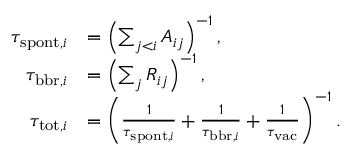
\begin{array} { r l } { \tau _ { \mathrm { s p o n t } , i } } & { = \left( \sum _ { j < i } A _ { i j } \right) ^ { - 1 } , } \\ { \tau _ { \mathrm { b b r } , i } } & { = \left( \sum _ { j } R _ { i j } \right) ^ { - 1 } , } \\ { \tau _ { \mathrm { t o t } , i } } & { = \left( \frac { 1 } { \tau _ { \mathrm { s p o n t } , i } } + \frac { 1 } { \tau _ { \mathrm { b b r } , i } } + \frac { 1 } { \tau _ { \mathrm { v a c } } } \right) ^ { - 1 } . } \end{array}